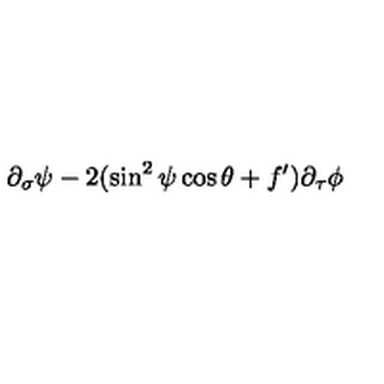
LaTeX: \partial _ { \sigma } \psi - 2 ( \sin ^ { 2 } \psi \cos \theta + f ^ { \prime } ) \partial _ { \tau } \phi